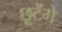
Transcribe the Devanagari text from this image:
छूटेंगे